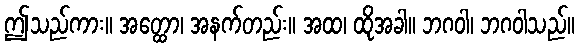
ဤသည်ကား။ အတ္ထော၊ အနက်တည်း။ အထ၊ ထိုအခါ။ ဘဂဝါ၊ ဘဂဝါသည်။